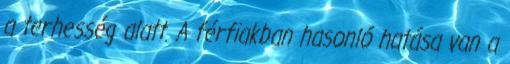
a terhesség alatt. A férfiakban hasonló hatása van a